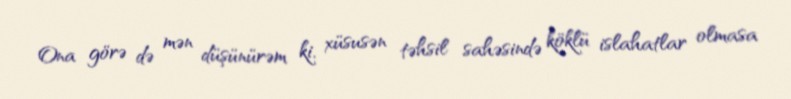
Ona görə də mən düşünürəm ki, xüsusən təhsil sahəsində köklü islahatlar olmasa